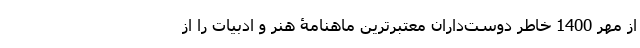
از مهر 1400 خاطر دوست‌داران معتبرترین ماهنامۀ هنر و ادبیات را از